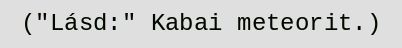
("Lásd:" Kabai meteorit.)